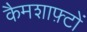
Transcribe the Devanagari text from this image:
कैमशाफ़्टों